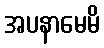
အပနာမေမိ